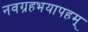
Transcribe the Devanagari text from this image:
नवग्रहभयापहम्